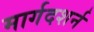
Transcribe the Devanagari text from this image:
मार्गदशर्न